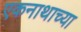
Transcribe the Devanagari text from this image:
एकनाथाच्या